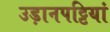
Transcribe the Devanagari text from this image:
उड़ानपट्टियां